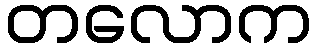
တလောက